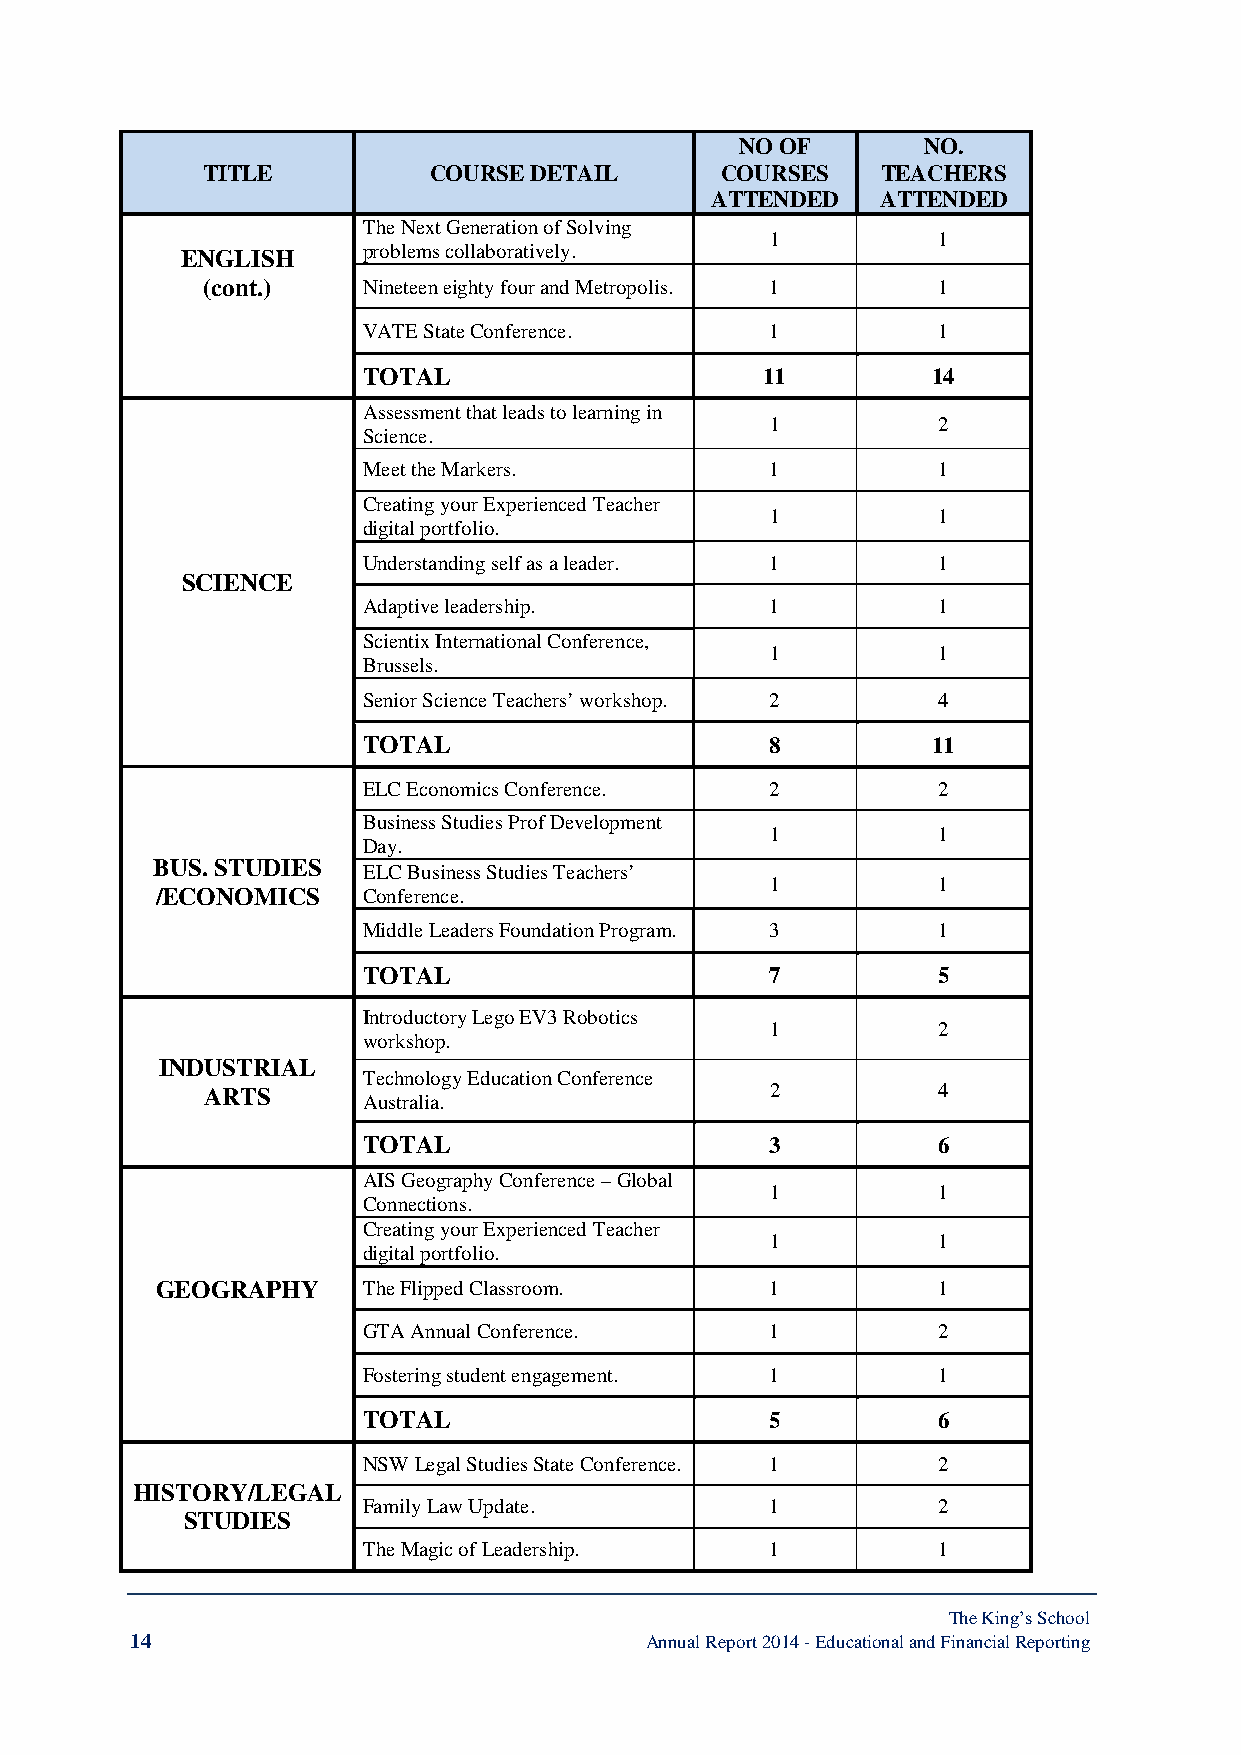
NO OF       NO.
 TITLE          COURSE DETAIL       COURSES   TEACHERS
 ATTENDED   ATTENDED
 The Next Generation of Solving
 1          1
 ENGLISH     problems collaboratively.
 (cont.)    Nineteen eighty four and Metropolis. 1 1
 VATE State Conference.     1          1
 TOTAL                      11         14
 Assessment that leads to learning in
 1          2
 Science.
 Meet the Markers.          1          1
 Creating your Experienced Teacher
 1          1
 digital portfolio.
 Understanding self as a leader. 1     1
 SCIENCE
 Adaptive leadership.       1          1
 Scientix International Conference,
 1          1
 Brussels.
 Senior Science Teachers’ workshop. 2  4
 TOTAL                      8          11
 ELC Economics Conference.  2          2
 Business Studies Prof Development
 1          1
 Day.
 BUS. STUDIES  ELC Business Studies Teachers’
 1          1
 /ECONOMICS    Conference.
 Middle Leaders Foundation Program. 3  1
 TOTAL                      7          5
 Introductory Lego EV3 Robotics
 1          2
 workshop.
 INDUSTRIAL
 Technology Education Conference
 ARTS                                 2          4
 Australia.
 TOTAL                      3          6
 AIS Geography Conference – Global
 1          1
 Connections.
 Creating your Experienced Teacher
 1          1
 digital portfolio.
 GEOGRAPHY     The Flipped Classroom.     1          1
 GTA Annual Conference.     1          2
 Fostering student engagement. 1       1
 TOTAL                      5          6
 NSW Legal Studies State Conference. 1 2
 HISTORY/LEGAL
 Family Law Update.         1          2
 STUDIES
 The Magic of Leadership.   1          1
 The King’s School
 14                                Annual Report 2014 - Educational and Financial Reporting